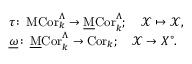
\begin{array} { r l } & { \tau \colon \operatorname { \mathrm { M C o r } } _ { k } ^ { \Lambda } \to \operatorname { \mathrm { \underline { { M } } C o r } } _ { k } ^ { \Lambda } ; \quad \mathcal { X } \mapsto \mathcal { X } , } \\ & { \underline { { \omega } } \colon \operatorname { \mathrm { \underline { { M } } C o r } } _ { k } ^ { \Lambda } \to \operatorname { \mathrm { C o r } } _ { k } ; \quad \mathcal { X } \to X ^ { \circ } . } \end{array}